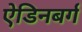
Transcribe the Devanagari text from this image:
ऐडिनबर्ग